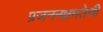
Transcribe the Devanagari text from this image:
प्रजननक्षमतेची